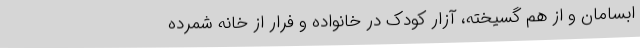
ابسامان و از هم گسیخته، آزار کودک در خانواده و فرار از خانه شمرده